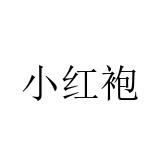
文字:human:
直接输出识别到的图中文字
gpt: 小红袍